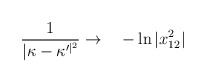
\begin{align*}\frac{1}{\vert \kappa - \kappa^{\prime \vert^2 }}\rightarrow \ \ \ - \ln \vert x_{12}^2 \vert\end{align*}